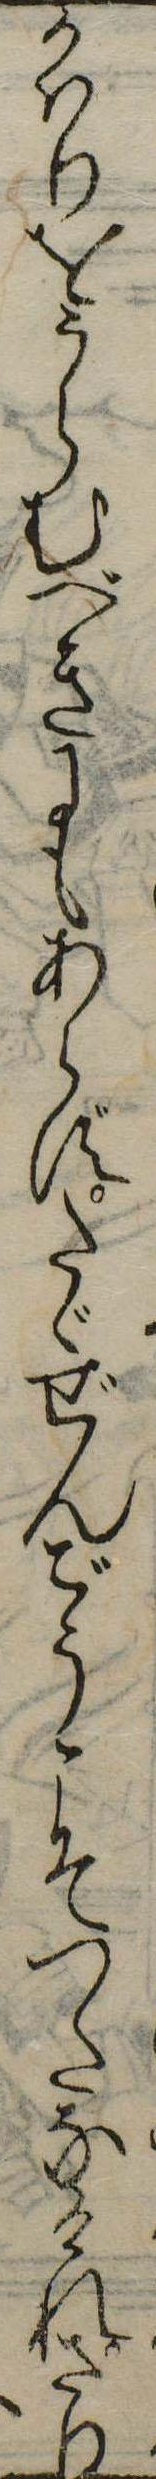
かはりをうらむべきにもあらずたゞぜんごうこそつたなけれさり